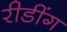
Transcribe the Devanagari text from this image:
रीडींग